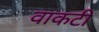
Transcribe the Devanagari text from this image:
वाकटी